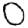
Digit: 0